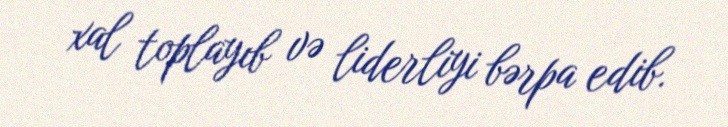
xal toplayıb və liderliyi bərpa edib.